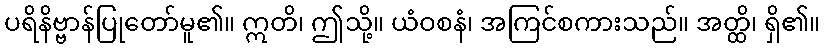
ပရိနိဗ္ဗာန်ပြုတော်မူ၏။ ဣတိ၊ ဤသို့။ ယံဝစနံ၊ အကြင်စကားသည်။ အတ္ထိ၊ ရှိ၏။